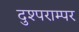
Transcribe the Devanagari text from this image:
दुश्पराम्पर